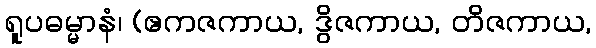
ရူပဓမ္မာနံ၊ (ဧကဇကာယ, ဒွိဇကာယ, တိဇကာယ,